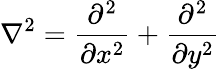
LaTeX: \nabla^{2}=\frac{\partial^{2}}{\partial x^{2}}+\frac{\partial^{2}}{\partial y^{2}}